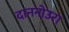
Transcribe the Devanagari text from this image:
दाननोउरा